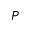
P